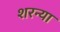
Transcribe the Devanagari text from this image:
शरन्या